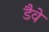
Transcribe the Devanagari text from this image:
डैवे